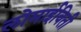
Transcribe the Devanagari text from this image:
लोमाईविती